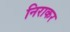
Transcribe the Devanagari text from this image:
निराकर